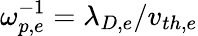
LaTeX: \omega_{p,e}^{-1}=\lambda_{D,e}/v_{th,e}